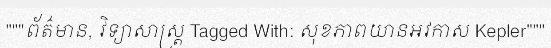
"""ព័ត៌មាន, វិទ្យាសាស្ត្រ Tagged With: សុខភាពយានអវកាស Kepler"""